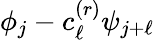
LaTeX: \phi_{j}-c_{\ell}^{(r)}\psi_{j+\ell}